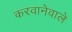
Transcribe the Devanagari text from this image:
करवानेवाले